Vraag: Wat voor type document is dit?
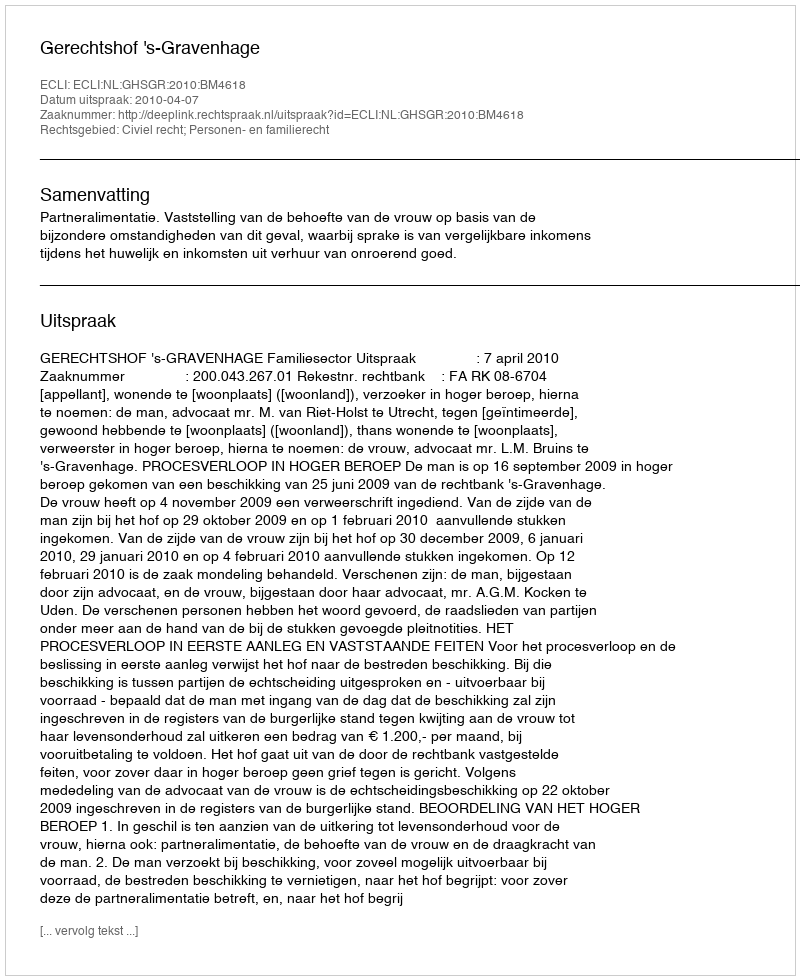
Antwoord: Uitspraak